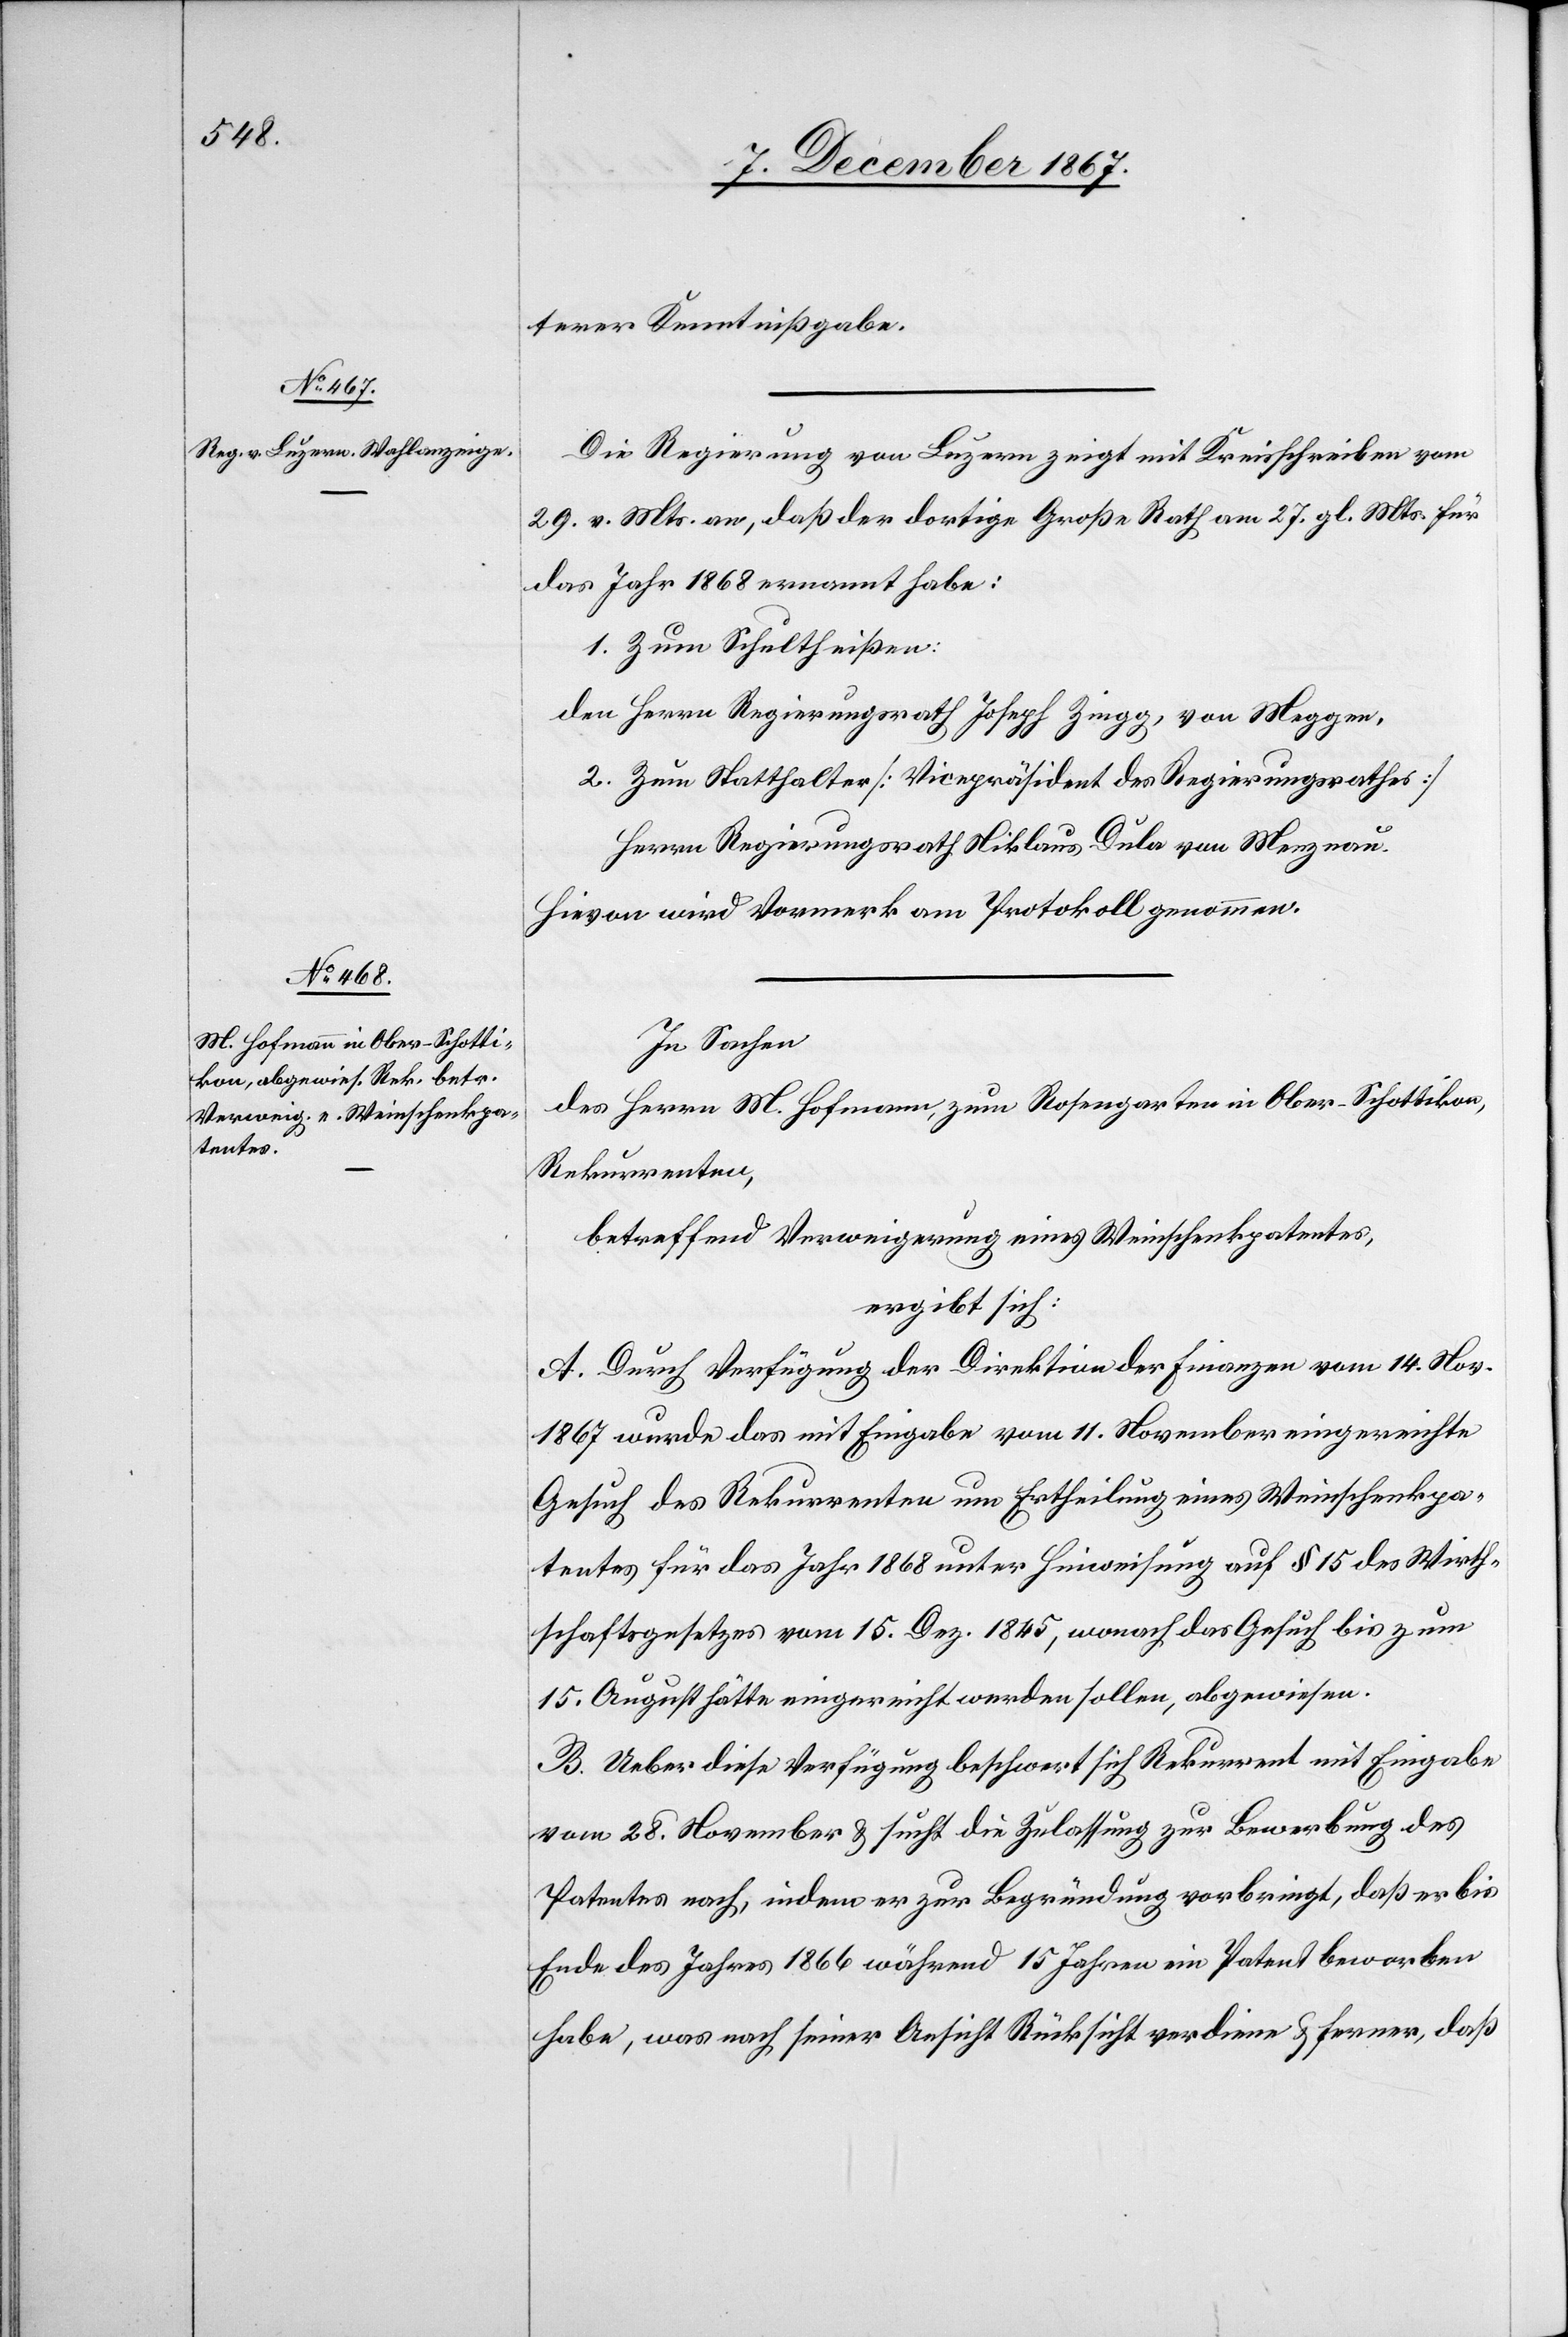
terer Kenntnißgabe.
Die Regierung von Luzern zeigt mit Kreisschreiben vom
29. v. Mts. an, daß der dortige Große Rath am 27. gl. Mts. für
das Jahr 1868 ernannt habe:
1. Zum Schultheßen:
des Herrn Regierungsrath Joseph Zingg, von Meggen,
2. zum Statthalter [Vicepräsident des Regierungsrathes]
Herrn Regierungsrath Niklaus Dula von Menznau.
Hievon wird Vormerk am Protokoll genommen.
In Sachen
des Herrn M. Hofmann, zum Rosengarten in Ober-Schottikon,
Rekurrenten,
betreffend Verweigerung eines Weinschenkpatentes,
ergibt sich:
A. Durch Verfügung der Direktion der Finanzen vom 14. Nov.
1867 wurde das mit Eingabe vom 11. November eingereichte
Gesuch des Rekurrenten um Ertheilung eines Weinschenkpa¬
tentes für das Jahr 1868 unter Hinweisung auf § 15 des Wirth¬
schaftsgesetzes vom 15. Dez. 1845, wonach das Gesuch bis zum
15. August hätte eingereicht werden sollen, abgewiesen.
B. Ueber diese Verfügung beschwert sich Rekurrent mit Eingabe
vom 28. November u. sucht die Zulassung zur Bewerbung des
Patentes nach, indem er zur Begründung vorbringt, daß er bis
Ende des Jahres 1866 während 15 Jahren ein Patent beworben
habe, was nach seiner Ansicht Rücksicht verdiene u. ferner, daß